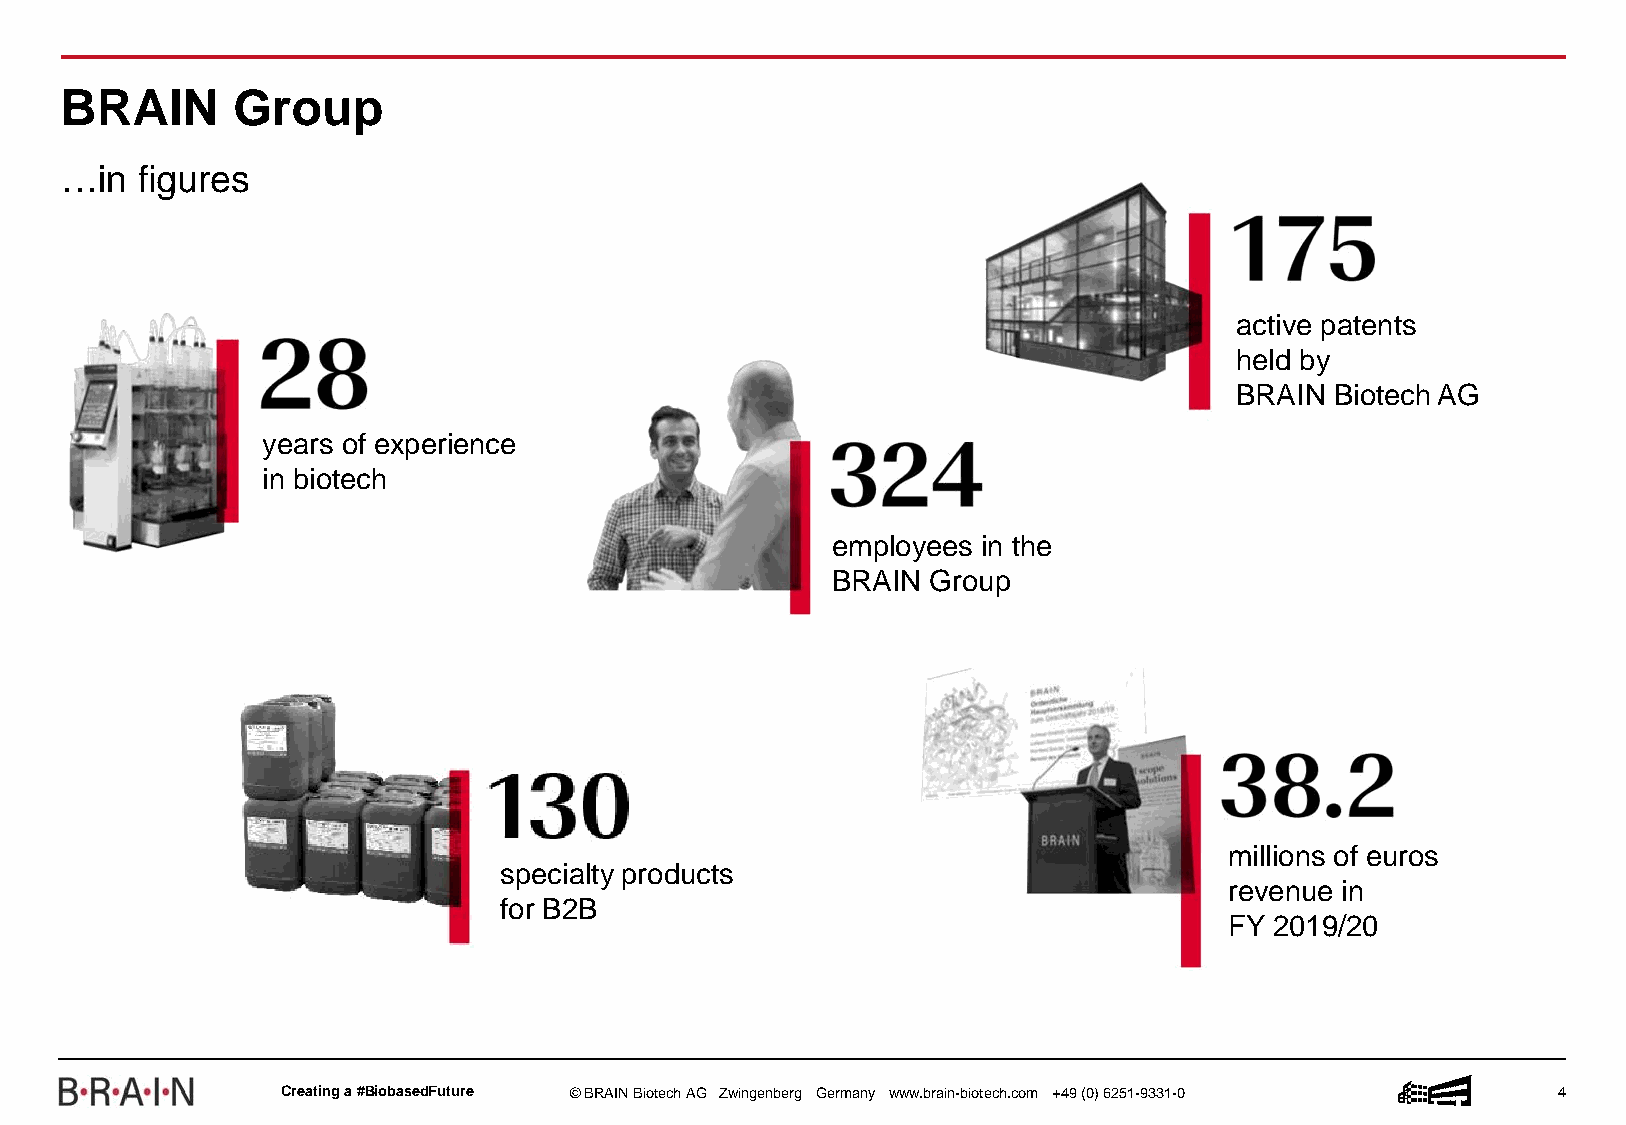
BRAIN      Group
 …in  figures
 active patents
 held by
 BRAIN BiotechAG
 years of experience
 in biotech
 employees in the
 BRAIN  Group
 millions of euros
 specialty products
 revenue in
 for B2B
 FY 2019/20
 Creatinga #BiobasedFuture © BRAIN BiotechAG Zwingenberg Germany www.brain-biotech.com +49 (0) 6251-9331-0 4